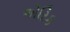
એરિક